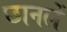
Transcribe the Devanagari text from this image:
छानलें